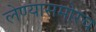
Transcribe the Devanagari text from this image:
लेण्यासमोरच